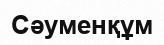
Сәуменқұм